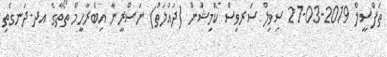
ތަފްސީލް 2019-03-27 ސިވިލް ސަރވިސް ކޮމިޝަން (ދައުލަތް) ނަސްރީނާ އިބްރާހީމް ތޯތާގެ އދ.ދަނގެތި